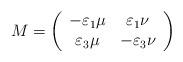
LaTeX: \begin{align*}M=\left( \begin{array}{cc}-\varepsilon_1\mu&\varepsilon_1\nu\\ \varepsilon_3\mu&-\varepsilon_{3}\nu\end{array}\right) \end{align*}